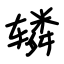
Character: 辚